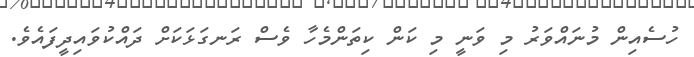
ހުސެއިން މުނައްވަރު މި ވަނީ މި ކަން ކިތަންމެހާ ވެސް ރަނގަޅަކަށް ދައްކުވައިދީފައެވެ.